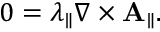
\begin{array} { r } { 0 = \lambda _ { \parallel } \nabla \times \mathbf { A } _ { \parallel } . } \end{array}